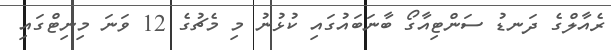
ރެއާލްގެ ދަނޑު ސަންޓިއާގޯ ބާނަބައުގައި ކުޅުނު މި މެޗުގެ 12 ވަނަ މިނިޓްގައި